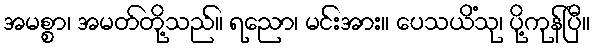
အမစ္စာ၊ အမတ်တို့သည်။ ရညော၊ မင်းအား။ ပေသယိံသု၊ ပို့ကုန်ပြီ။